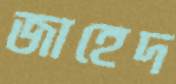
জাহেদ